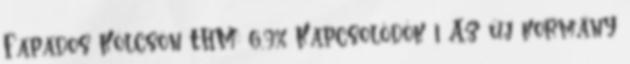
Fapados Kölcsön THM: 6,9% Kapcsolódók 1 Az új kormány